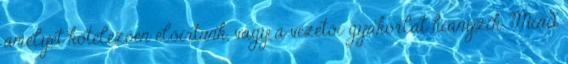
amelyet kötelezően előírtunk, vagy a vezetői gyakorlat hiányzik. Mind